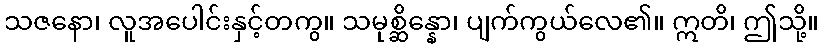
သဇနော၊ လူအပေါင်းနှင့်တကွ။ သမုစ္ဆိန္နော၊ ပျက်ကွယ်လေ၏။ ဣတိ၊ ဤသို့။